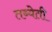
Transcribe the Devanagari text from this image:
तब्येती